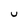
Character: U